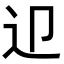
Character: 𨑏